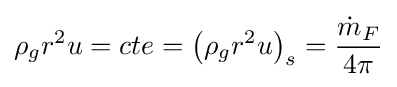
\rho _{g}r^{2}u=cte=\left(\rho _{g}r^{2}u\right)_{s}={\frac {{\dot {m}}_{F}}{4\pi }}